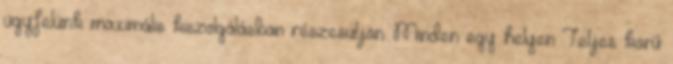
ügyfelünk maximális kiszolgálásban részesüljön. Minden egy helyen Teljes körű